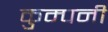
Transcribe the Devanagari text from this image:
कुम्पनी